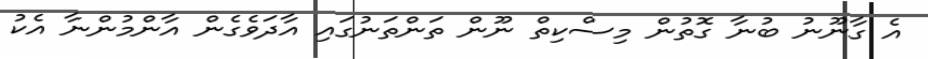
އެ ގާނޫނު ބުނާ ގޮތުން މިސްކިތް ނޫން ތަންތަނުގައި އާދަވެގެން އާންމުންނާ އެކު